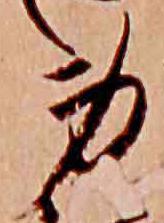
身